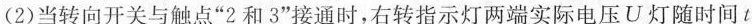
(2)当转向开关与触点”2和3”接通时，右转指示灯两端实际电压U灯随时间t